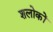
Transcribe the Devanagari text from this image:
शलोकों